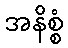
အနိစ္စံ